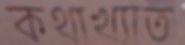
কথাখ্যাত